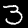
Label: 3